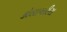
કોલાયટીસ